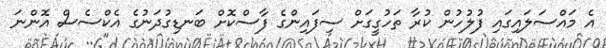
އެ މައްސަލައިގައި ފުލުހުން ކުރާ ތަހުގީގަށް ސިފައިންގެ ފާސްކޮށް ބަނޑިގުދަނުގެ އެކްސެސް އޮންނަ